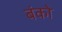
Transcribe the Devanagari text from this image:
बंको